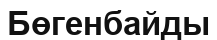
Бөгенбайды